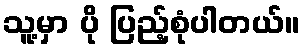
သူ့မှာ ပို ပြည့်စုံပါတယ်။